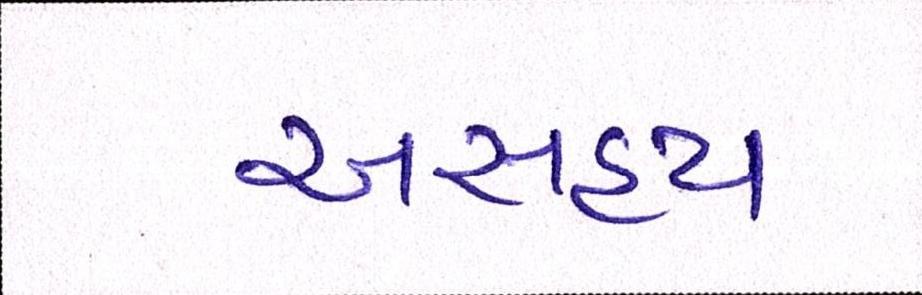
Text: અસહ્ય